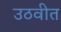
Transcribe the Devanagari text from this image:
उठवीत